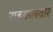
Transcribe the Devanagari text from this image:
राइफलवार